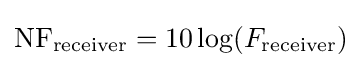
\mathrm {NF} _{\mathrm {receiver} }=10\log(F_{\mathrm {receiver} })